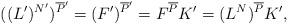
LaTeX: \begin{align*}((L')^{N'})^{\overline{P}'} = (F')^{\overline{P}'} = F^{\overline{P}} K'= (L^{N})^{\overline{P}}K',\end{align*}